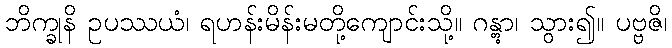
ဘိက္ခုနိ ဥပဿယံ၊ ရဟန်းမိန်းမတို့ကျောင်းသို့။ ဂန္တွာ၊ သွား၍။ ပဗ္ဗဇိ၊